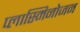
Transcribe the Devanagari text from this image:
प्लास्मिनोजन